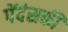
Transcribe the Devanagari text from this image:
पेंदंसकी